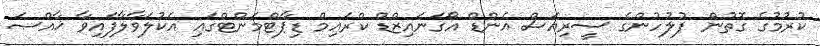
ކުރުމުގެ ގޮތުން ފުލުހުންގެ ސީރިއަސް އެންޑް އޯގަނައިޒްޑް ކްރައިމް ޑިޕާޓްމަންޓްގައި އެކުލަވާލާފައިވާ ޚާއްޞަ